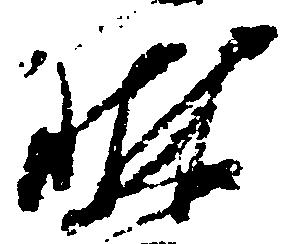
琳